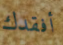
أفقدك